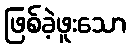
ဖြစ်ခဲ့ဖူးသော